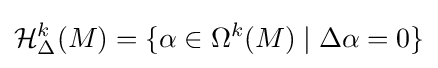
{\mathcal {H}}_{\Delta }^{k}(M)=\{\alpha \in \Omega ^{k}(M)\mid \Delta \alpha =0\}